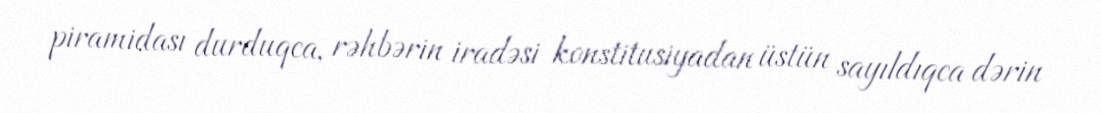
piramidası durduqca, rəhbərin iradəsi konstitusiyadan üstün sayıldıqca dərin